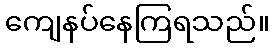
ကျေနပ်နေကြရသည်။